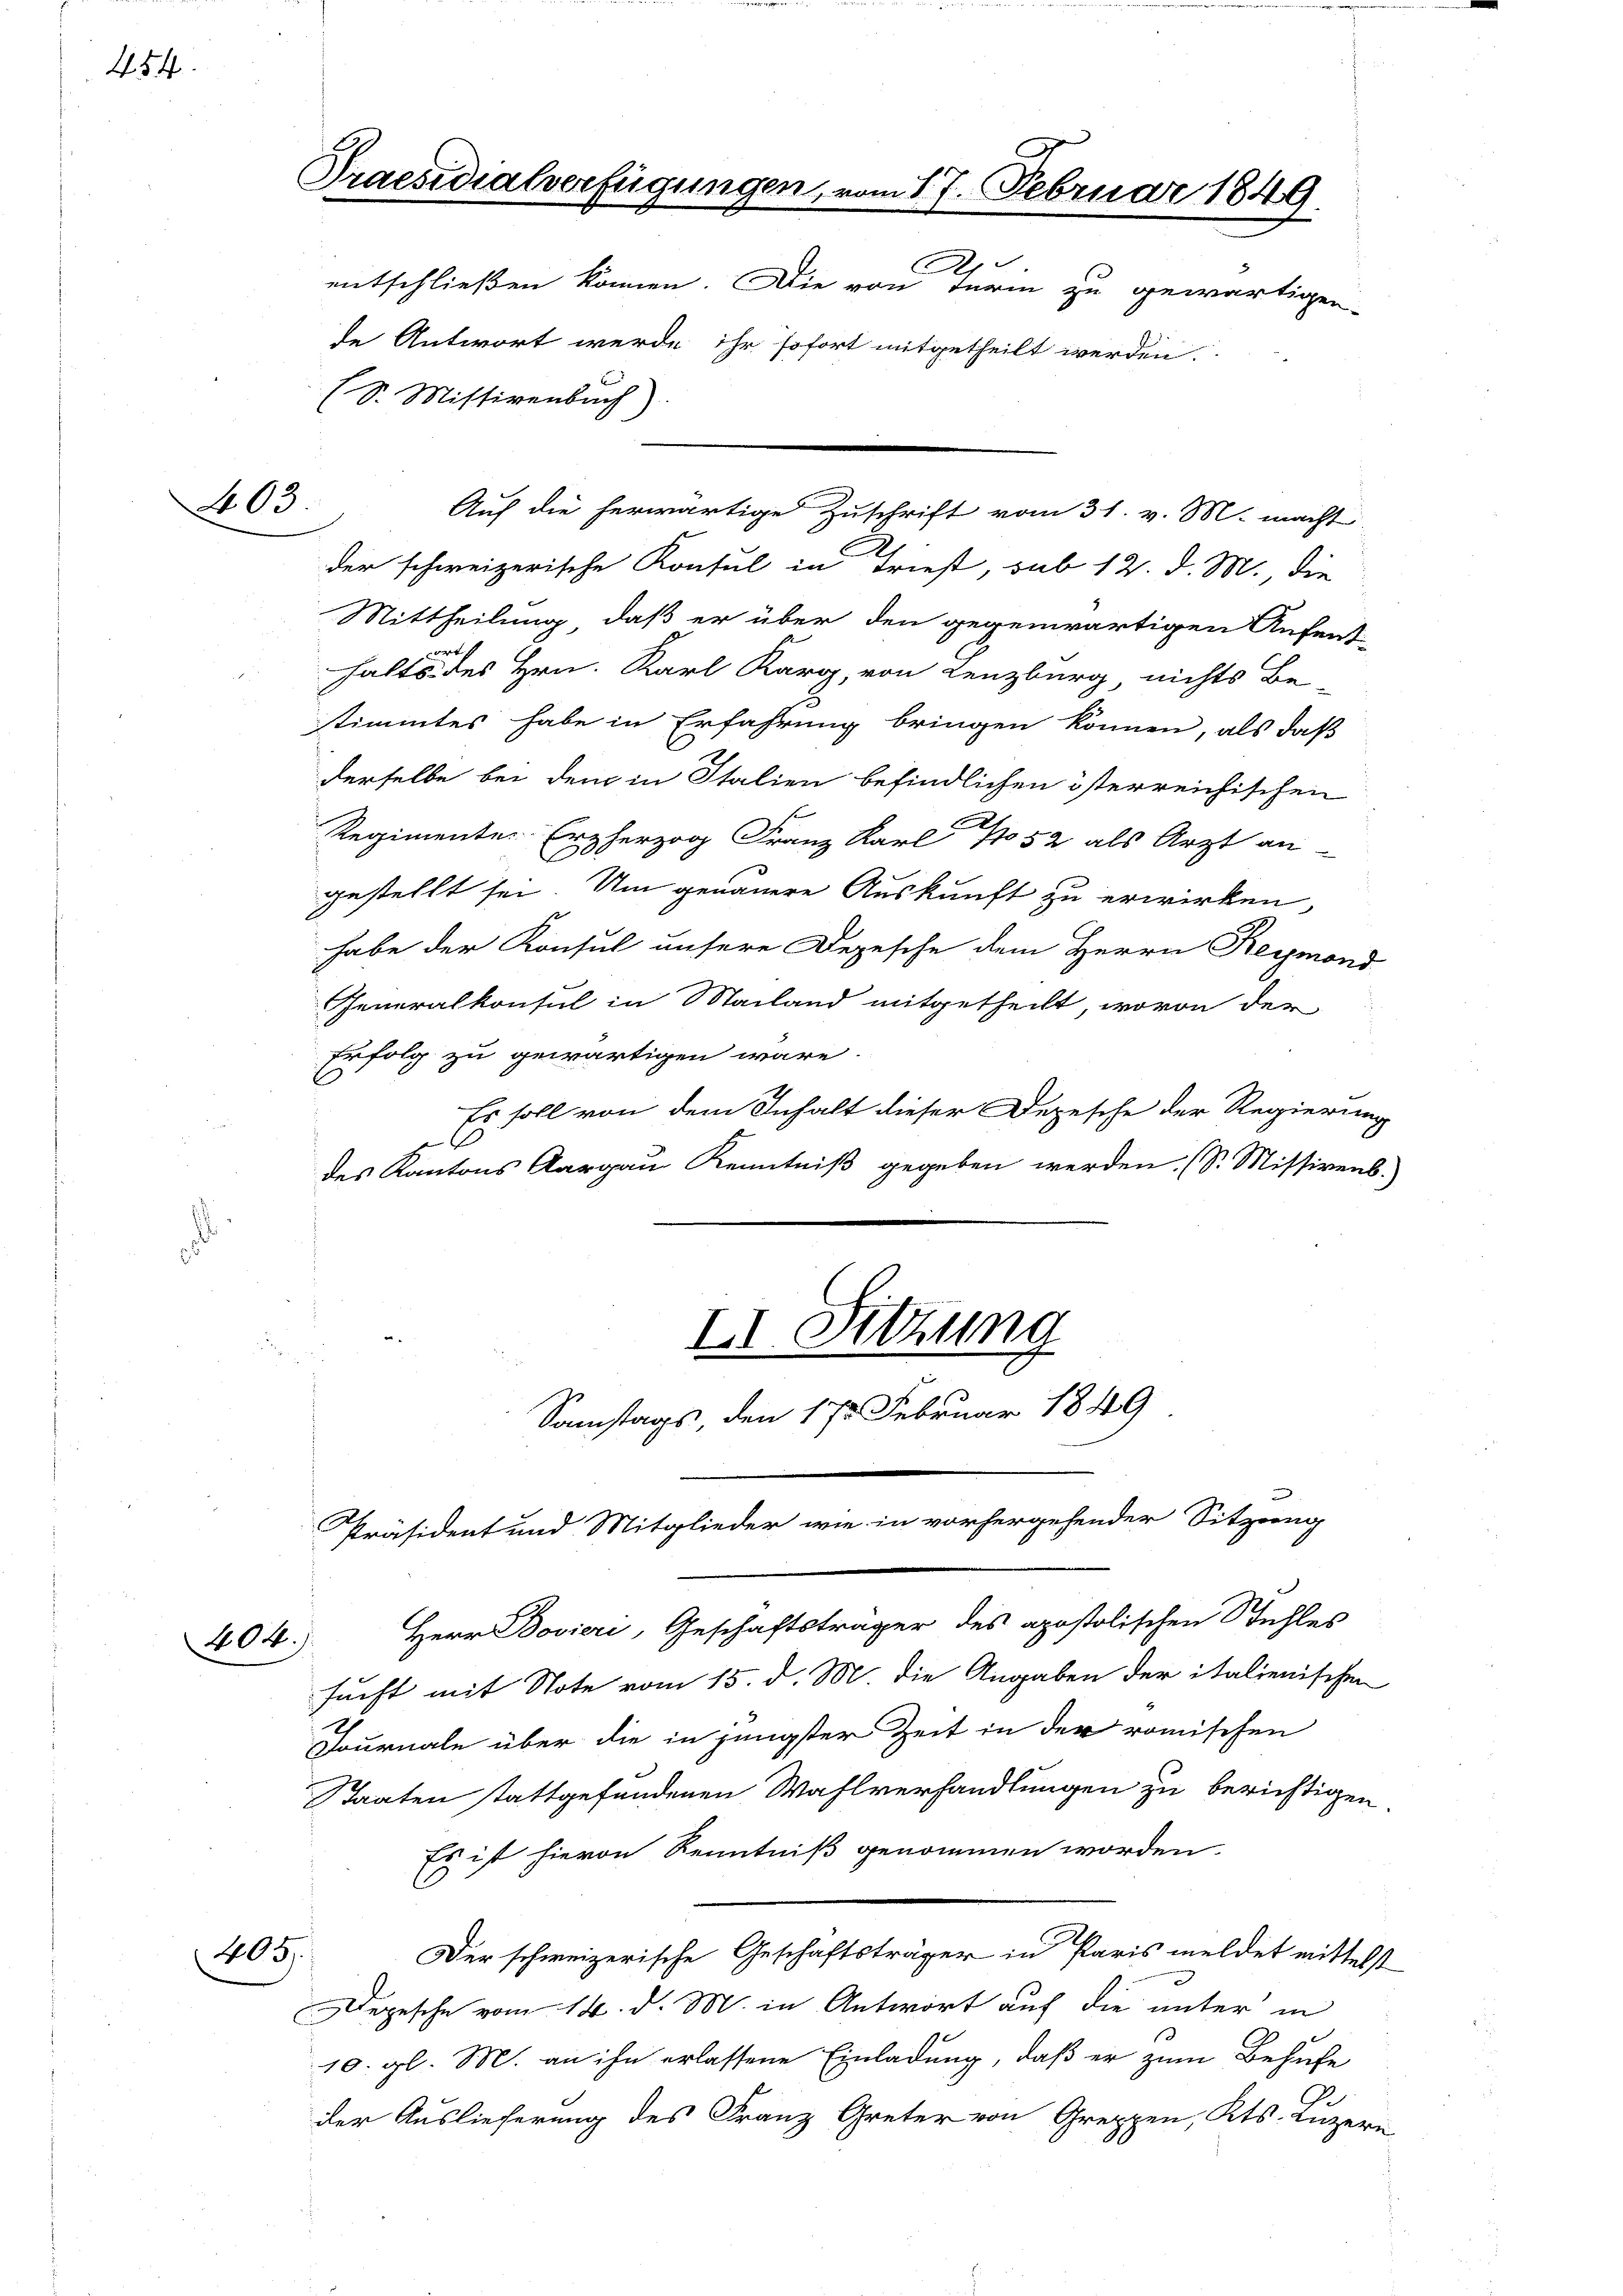
454

403.

404.

405.

Praesidialverfügungen, vom 17. Februar 1849
A
entschließen können. Die von darin zu gewärtigen-

de Antwort werde ihr sofort mitgetheilt werden.
(S. Mistivenbach).
der schweizerische Konsul in Triest, sub 12. d. M., die
Mittheilung, daß er über den gegenwärtigen Aufent-
Forch
halts des Hrn. Karl Karg, von Lenzburg nichts Be-
stimmtes habe in Erfahrung bringen können, als daß
derselbe bei dem in Italien befindlichen isterreichischen
Regimente Erzherzog Franz Karl No 52 als Arzt an-
gestellt sei. Um genauere Auskunft zu erwirken,
habe der Konsul unsere Depesche dem Herrn Reymond
Generalkonsul in Mailand mitgetheilt, wovon der
Erfolg zu gewärtigen wäre.
Es soll von dem Inhalt dieser Depesche der Regierung
des Kantons Aargau Kenntniß gegeben werden. (S. Missivent.
II. Sitzung

Samstags, den 175. Februar 1849
Präsident und Mitglieder wie in vorhergehender Sitzung

Auf die herwärtige Zuschrift vom 31. v. M. macht

Herr Bovieri, Geschäftsträger des apostolischen Stuhles
sucht mit Note vom 15. d. M. die Angaben der italienischen
Journale über die in jüngster Zeit in der römischen
Staaten stattgefundenen Wahlverhandlungen zu berichtigen.
Es ist hievon Kenntniß genommen worden.
.
Der schweizerische Geschäftsträger in Paris meldet mittelst
Depesche vom 14. d. M. in Antwort auf die unter in
10. gl. M. an ihn erlassene Einladung, daß er zum Behufe
der Auslieferung des Franz Greter von Greppen, Kts. Luzern